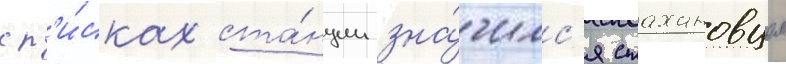
сп'и́сках ста́нции зна́чилс'я стахановцем